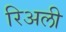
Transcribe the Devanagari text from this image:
रिअली